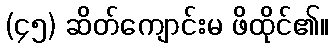
(၄၅) ဆိတ်ကျောင်းမ ဖိထိုင်၏။